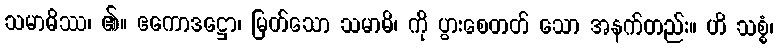
သမာဓိဿ၊ ၏။ ဧကောဒဋ္ဌော၊ မြတ်သော သမာဓိ၊ ကို ပွားစေတတ် သော အနက်တည်း။ ဟိ သစ္စံ၊